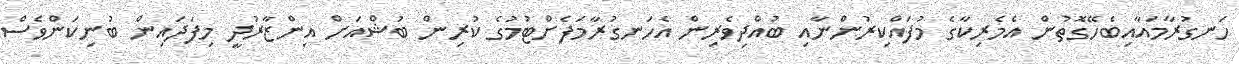
ހަނގުރާމައާއިބެހޭގޮތުން އެމެރިކާގެ މުފައްކިރުންނާއި ބުއްދިވެރިން އެހަނގުރާމަފެށްޓުމުގެ ކުރިން ބުޝްއަށް އިންޒާރުދީ މިފަދައިން ބުނިކަންވެސް